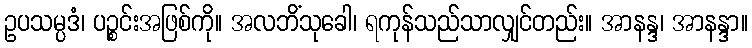
ဥပသမ္ပဒံ၊ ပဉ္စင်းအဖြစ်ကို။ အလဘိံသုခေါ၊ ရကုန်သည်သာလျှင်တည်း။ အာနန္ဒ၊ အာနန္ဒာ။